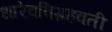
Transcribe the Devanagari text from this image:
धारेवविग्रहवती